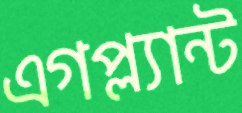
এগপ্ল্যান্ট